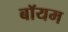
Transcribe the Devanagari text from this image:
बॉयम